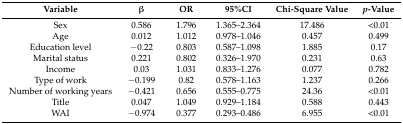
<table><thead><tr><td><b>Variable</b></td><td><b>β</b></td><td><b>OR</b></td><td><b>95%CI</b></td><td><b>Chi-Square Value</b></td><td><b><i>p</i>-Value</b></td></tr></thead><tbody><tr><td>Sex</td><td>0.586</td><td>1.796</td><td>1.365–2.364</td><td>17.486</td><td>&lt;0.01</td></tr><tr><td>Age</td><td>0.012</td><td>1.012</td><td>0.978–1.046</td><td>0.457</td><td>0.499</td></tr><tr><td>Education level</td><td>−0.22</td><td>0.803</td><td>0.587–1.098</td><td>1.885</td><td>0.17</td></tr><tr><td>Marital status</td><td>0.221</td><td>0.802</td><td>0.326–1.970</td><td>0.231</td><td>0.63</td></tr><tr><td>Income</td><td>0.03</td><td>1.031</td><td>0.833–1.276</td><td>0.077</td><td>0.782</td></tr><tr><td>Type of work</td><td>−0.199</td><td>0.82</td><td>0.578–1.163</td><td>1.237</td><td>0.266</td></tr><tr><td>Number of working years</td><td>−0.421</td><td>0.656</td><td>0.555–0.775</td><td>24.36</td><td>&lt;0.01</td></tr><tr><td>Title</td><td>0.047</td><td>1.049</td><td>0.929–1.184</td><td>0.588</td><td>0.443</td></tr><tr><td>WAI</td><td>−0.974</td><td>0.377</td><td>0.293–0.486</td><td>6.955</td><td>&lt;0.01</td></tr></tbody></table>